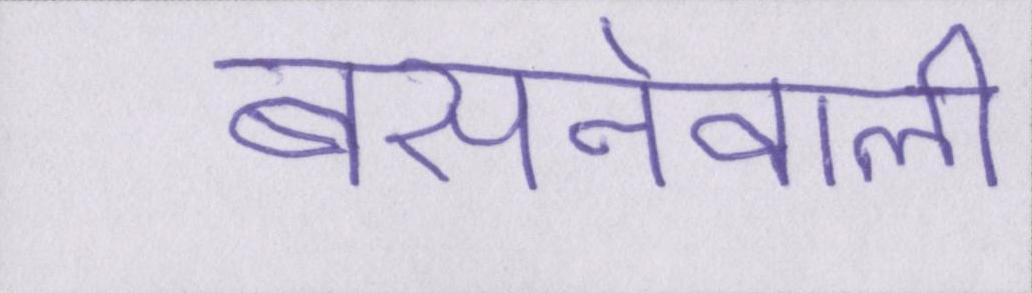
बसनेवाली